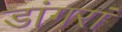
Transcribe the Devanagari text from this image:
डांगरां